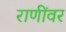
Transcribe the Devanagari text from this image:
राणींवर